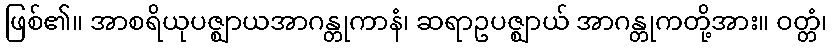
ဖြစ်၏။ အာစရိယုပဇ္ဈာယအာဂန္တုကာနံ၊ ဆရာဥပဇ္ဈာယ် အာဂန္တုကတို့အား။ ဝတ္တံ၊